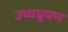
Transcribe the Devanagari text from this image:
उच्चध्रुवण